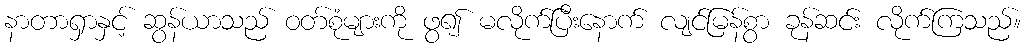
နာတာရှာနှင့် ဆွန်ယာသည် ဝတ်စုံများကို ဖွ၍ မလိုက်ပြီးနောက် လျင်မြန်စွာ ခုန်ဆင်း လိုက်ကြသည်။